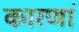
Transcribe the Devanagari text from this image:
कारणां